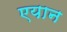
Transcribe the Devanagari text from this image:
एयान